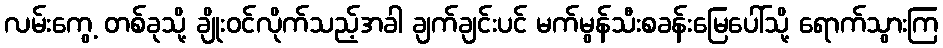
လမ်းကွေ့ တစ်ခုသို့ ချိုးဝင်လိုက်သည့်အခါ ချက်ချင်းပင် မက်မွန်သီးစခန်းမြေပေါ်သို့ ရောက်သွားကြ